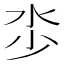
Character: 𣲦